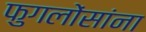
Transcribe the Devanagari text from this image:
फुगलोंसांना